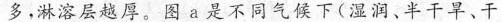
多，淋溶层越厚。图a是不同气候下(湿润、半干旱、干